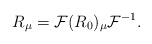
\begin{gather*}R_\mu=\mathcal{F}(R_0)_\mu\mathcal{F}^{-1}.\end{gather*}